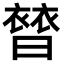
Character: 𧜊